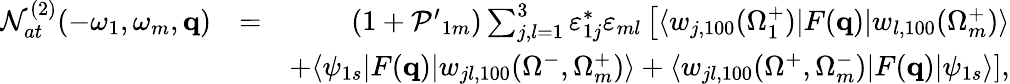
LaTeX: \begin{array}{rlr}{{\cal N}_{at}^{(2)}(-\omega_{1},\omega_{m},\mathbf{q})}&{=}&{(1+{\cal P^{\prime}}_{1m})\sum_{j,l=1}^{3}\varepsilon_{1j}^{*}\varepsilon_{ml}\left[\langle w_{j,100}(\Omega_{1}^{+})|F(\mathbf{q})|{w}_{l,100}(\Omega_{m}^{+})\rangle\right.}\\ &{}&{\left.+\langle\psi_{1s}|F(\mathbf{q})|w_{jl,100}({\Omega}^{-},\Omega_{m}^{+})\rangle+\langle w_{jl,100}({\Omega}^{+},\Omega_{m}^{-})|F(\mathbf{q})|\psi_{1s}\rangle\right],}\end{array}